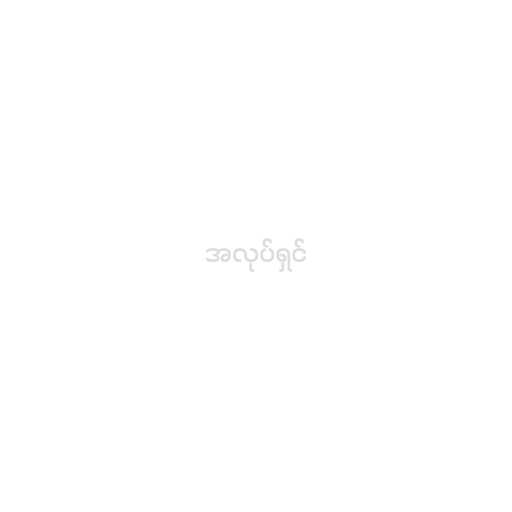
အလုပ်ရှင်